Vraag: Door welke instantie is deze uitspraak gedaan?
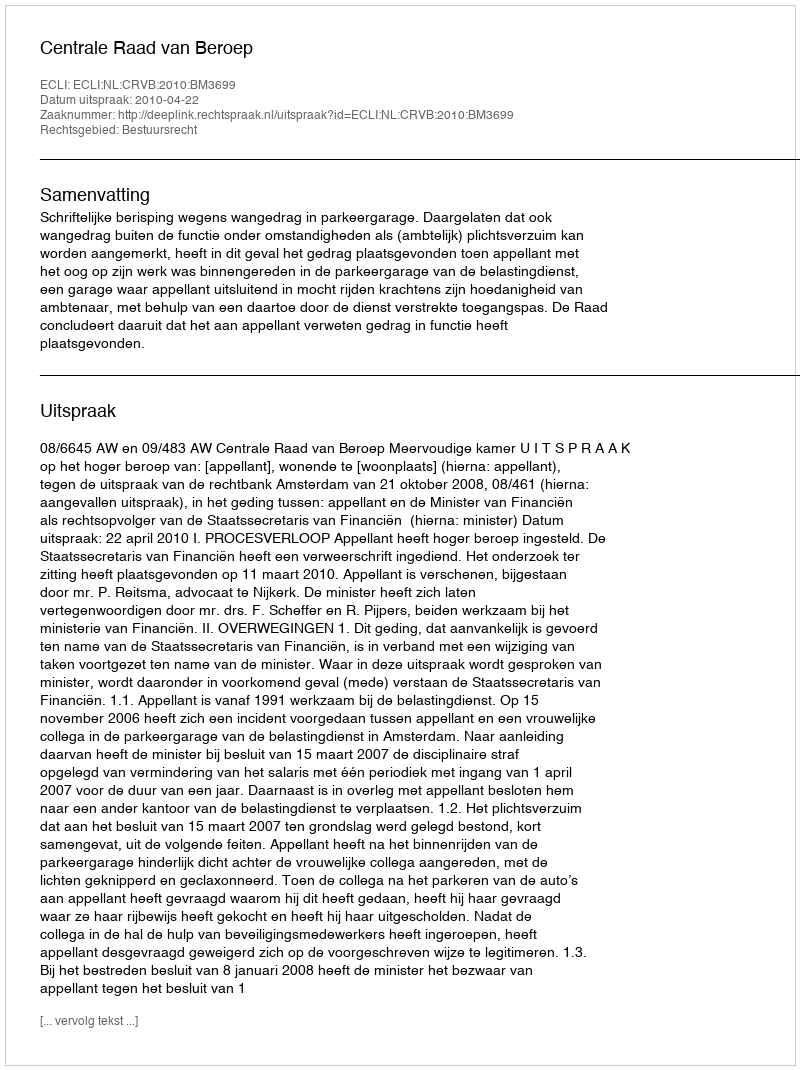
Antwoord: Centrale Raad van Beroep